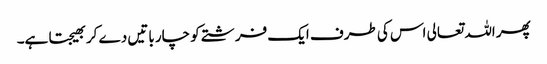
پھر اللہ تعالی اس کی طرف ایک فرشتے کو چار باتیں دے کر بھیجتا ہے۔